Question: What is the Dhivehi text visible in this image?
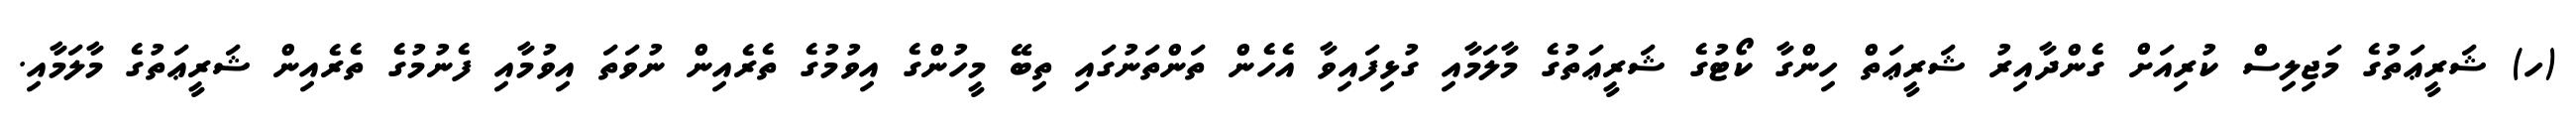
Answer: (ހ) ޝަރީޢަތުގެ މަޖިލިސް ކުރިއަށް ގެންދާއިރު ޝަރީޢަތް ހިންގާ ކޯޓުގެ ޝަރީޢަތުގެ މާލަމާއި ގުޅިފައިވާ އެހެން ތަންތަނުގައި ތިބޭ މީހުންގެ އިވުމުގެ ތެރެއިން ނުވަތަ އިވުމާއި ފެނުމުގެ ތެރެއިން ޝަރީޢަތުގެ މާލަމާއި.